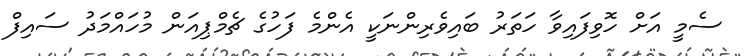
ސެމީ އަށް ހޮވިފައިވާ ހަތަރު ބައިވެރިންނަކީ އެންމެ ފަހުގެ ޗެމްޕިއަން މުހައްމަދު ސައިފް